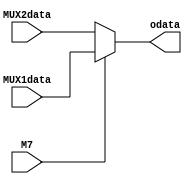
`timescale 1ns / 1ps
//////////////////////////////////////////////////////////////////////////////////
// Company: 
// Engineer: 
// 
// Design Name: 
// Module Name: MUX7
// Project Name: 
// Target Devices: 
// Tool Versions: 
// Description: 
// 
// Dependencies: 
// 
// Revision:
// Revision 0.01 - File Created
// Additional Comments:
// 
//////////////////////////////////////////////////////////////////////////////////


module MUX7(
input M7,
input [31:0]MUX2data,MUX1data,
output [31:0]odata
    );
   assign odata=M7?MUX1data:MUX2data;
endmodule